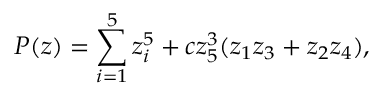
P ( z ) = \sum _ { i = 1 } ^ { 5 } z _ { i } ^ { 5 } + c z _ { 5 } ^ { 3 } ( z _ { 1 } z _ { 3 } + z _ { 2 } z _ { 4 } ) ,